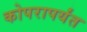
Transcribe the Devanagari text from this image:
कोपरापर्यंत